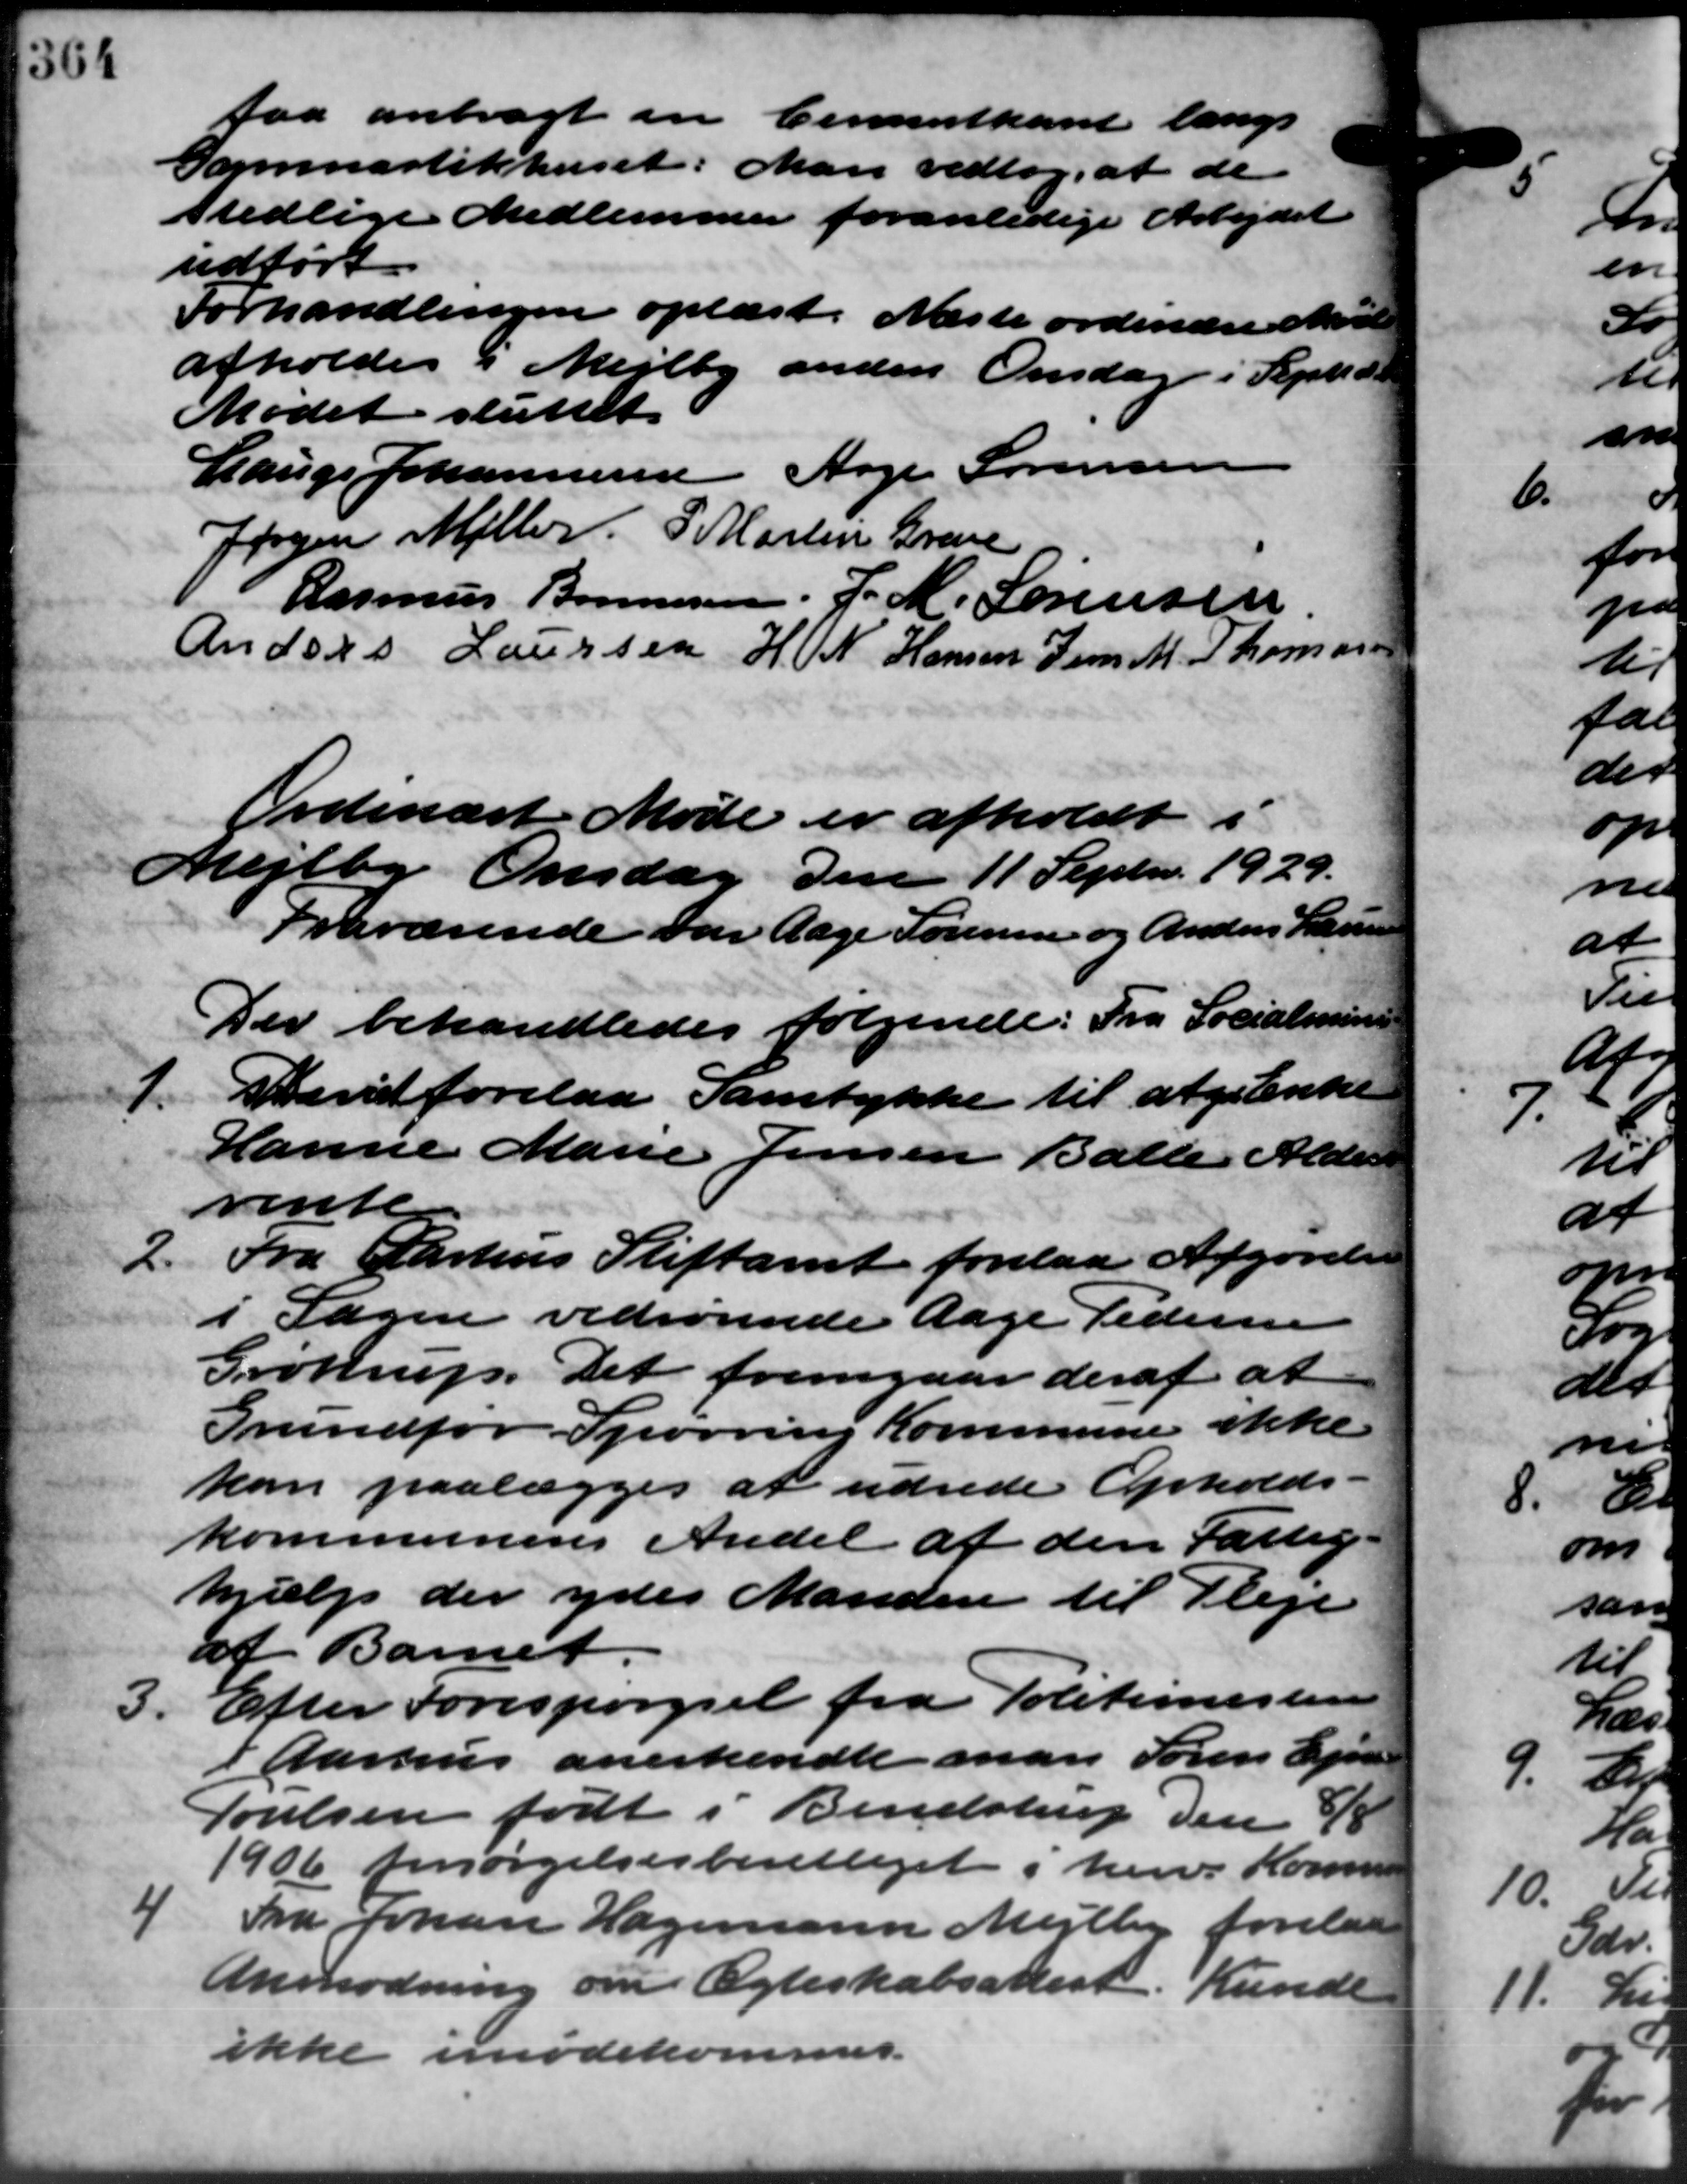
Transskription:
faa anbragt en Cementkant langs
Gamastikhuset. Man vedtog, at de
stedlige Medlemmer foranledige Arbejdet
udført
Forhandlingen oplæst. Næste ordinære Mødet
afholdes i Mejlby anden Onsdag i Sept. d. A.
Mødet sluttet.
Lauge Johannesen Aage Sørensen
Jørgen Møller P. Martin Greve
Rasmus Bonnesen, J. M. Sørensen
Anders Laursen  H. N. Hansen Jens M. Thomasen
Ordinært Møde er afholdt i
Mejlby Onsdag den 11 Septr. 1929.
Fraværende var Aage Sørensen og Anders Laursen
Der behandledes følgende: Fra Socialminis
1.
Beriet forelaa Samtykke til afgrænke
Hanne Marie Jensen Balle Alders
rente
Fra Aarhus Stiftamt forelaa Afgørelse
2.
i Sagen vedrørende Aage Pedersen
Grøttrup. Det fremgaar deraf at 2
Grundfor Spørring Kommune ikke
kan paalægges at udrede Opholds-
kommunens Andel af den Fattig-
hjælp der ydes Manden til Pleje
af Barnet
3. Efter Forespørgsel fra Politimesteren
3. Efter Forespørgsel fra Politimesteren
I Aarhus anerkendte man Søren Ejn
Poulsen født i Bendstrup den 8/8
1906 forsørgelsesberettiget i herv. Kommune
4
Fra Johan Hagemann Mejlby forelaa
Anmodning om Ægteskabsattest. Kunde
ikke imødekommet.